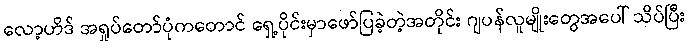
လော့ဟိဒ် အရှုပ်တော်ပုံကတောင် ရှေ့ပိုင်းမှာဖော်ပြခဲ့တဲ့အတိုင်း ဂျပန်လူမျိုးတွေအပေါ် သိပ်ပြီး